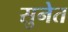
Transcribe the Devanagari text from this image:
सुनेत